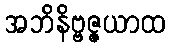
အဘိနိဗ္ဗဇ္ဇယာထ